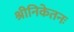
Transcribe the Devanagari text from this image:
श्रीनिकेतनः